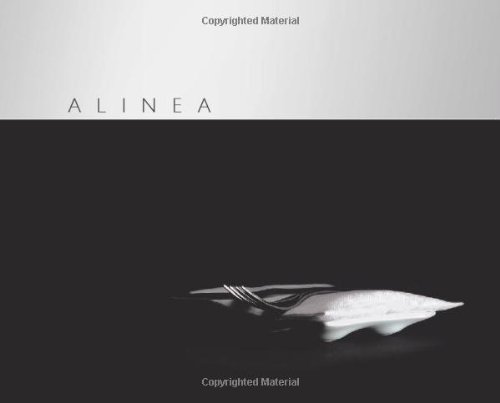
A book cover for Alinea; Grant Achatz; Cookbooks, Food & Wine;